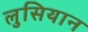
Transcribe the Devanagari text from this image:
लुसियान